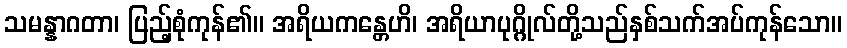
သမန္နာဂတာ၊ ပြည့်စုံကုန်၏။ အရိယကန္တေဟိ၊ အရိယာပုဂ္ဂိုလ်တို့သည်နှစ်သက်အပ်ကုန်သော။